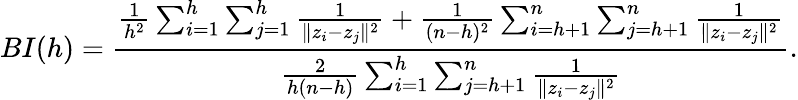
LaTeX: BI(h)=\frac{\frac{1}{h^{2}}\sum_{i=1}^{h}\sum_{j=1}^{h}\frac{1}{\Vert z_{i}-z_{j}\Vert^{2}}+\frac{1}{(n-h)^{2}}\sum_{i=h+1}^{n}\sum_{j=h+1}^{n}\frac{1}{\Vert z_{i}-z_{j}\Vert^{2}}}{\frac{2}{h(n-h)}\sum_{i=1}^{h}\sum_{j=h+1}^{n}\frac{1}{\Vert z_{i}-z_{j}\Vert^{2}}}.